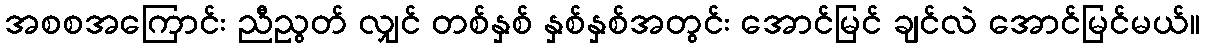
အစစအကြောင်း ညီညွတ် လျှင် တစ်နှစ် နှစ်နှစ်အတွင်း အောင်မြင် ချင်လဲ အောင်မြင်မယ်။